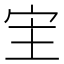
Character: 宔